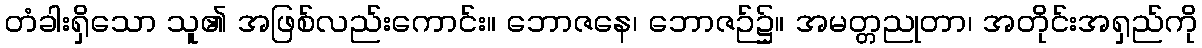
တံခါးရှိသော သူ၏ အဖြစ်လည်းကောင်း။ ဘောဇနေ၊ ဘောဇဉ်၌။ အမတ္တညုတာ၊ အတိုင်းအရှည်ကို